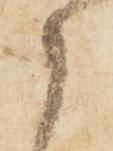
候